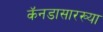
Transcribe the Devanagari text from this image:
कॅनडासारख्या